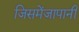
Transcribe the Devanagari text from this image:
जिसमेंजापानी